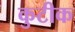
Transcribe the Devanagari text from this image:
कुटीक